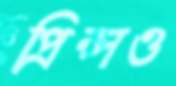
প্রিন্সও